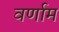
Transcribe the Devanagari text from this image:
वर्णाम